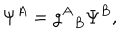
\Psi ^ { A } = { g ^ { A } } _ { B } \Psi ^ { B } ,